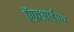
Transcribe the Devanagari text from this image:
ऍफ़आईएच